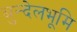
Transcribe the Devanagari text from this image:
बुन्देलभूमि